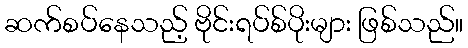
ဆက်စပ်နေသည့် ဗိုင်းရပ်စ်ပိုးများ ဖြစ်သည်။